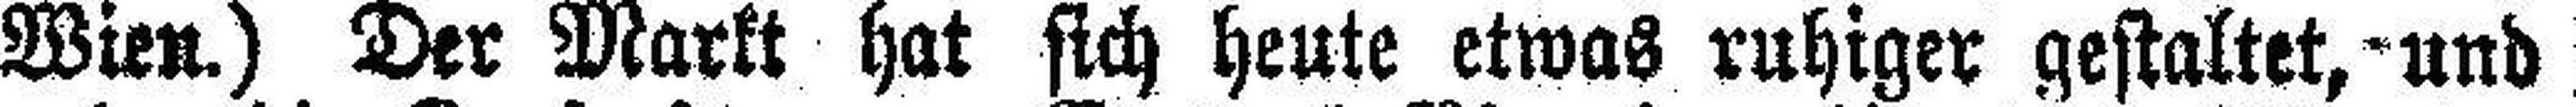
Wien.) Der Markt hat sich heute etwas ruhiger gestaltet, und